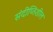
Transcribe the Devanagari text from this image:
संदीप्तिशील